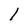
Character: 1